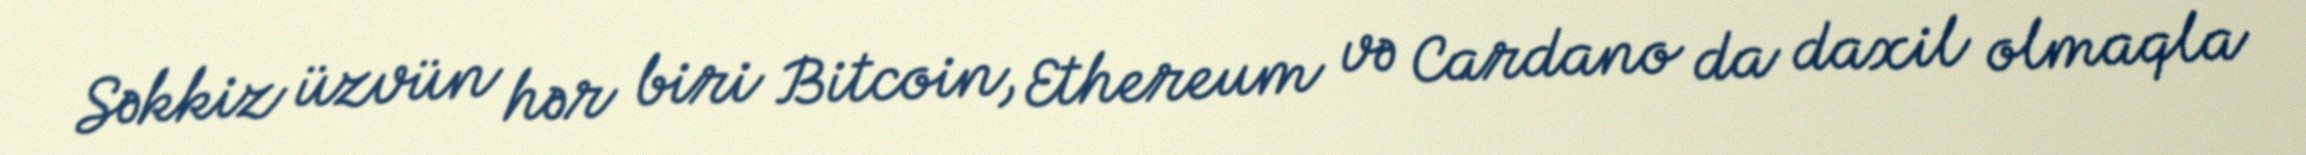
Səkkiz üzvün hər biri Bitcoin, Ethereum və Cardano da daxil olmaqla